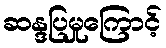
ဆန္ဒပြမှုကြောင့်